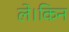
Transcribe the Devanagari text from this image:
ले।किन